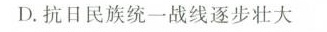
D.抗日民族统一战线逐步壮大